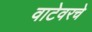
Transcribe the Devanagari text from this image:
वाटेवरचे